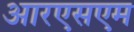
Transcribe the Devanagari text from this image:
आरएसएम